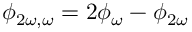
\phi _ { 2 \omega , \omega } = 2 \phi _ { \omega } - \phi _ { 2 \omega }